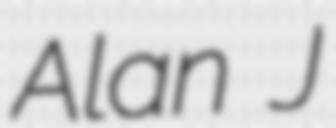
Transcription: Alan J